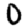
Digit: 0